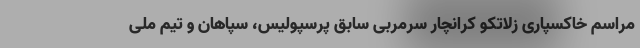
مراسم خاکسپاری زلاتکو کرانچار سرمربی سابق پرسپولیس، سپاهان و تیم ملی